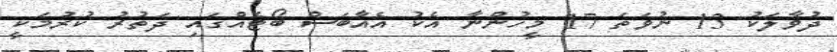
ދުވާލަކު 13 ނުވަތަ 17 މީހުންނާ އެކު އެއާބަސް ބޯޓެއްގައި ދަތުރު ކުރުމަކީ